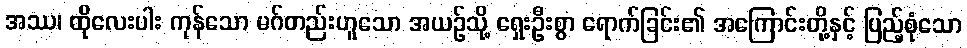
အဿ၊ ထိုလေးပါး ကုန်သော မဂ်တည်းဟူသော အယဉ်သို့ ရှေးဦးစွာ ရောက်ခြင်း၏ အကြောင်းတို့နှင့် ပြည့်စုံသော